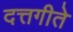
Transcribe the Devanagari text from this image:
दत्तगीते